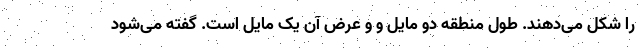
را شکل می‌دهند. طول منطقه دو مایل و و عرض آن یک مایل است. گفته می‌شود